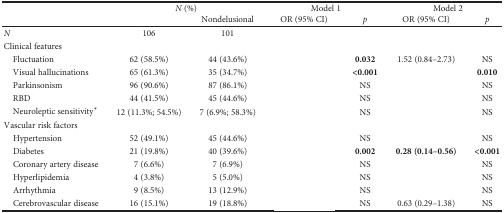
<table><thead><tr><td rowspan="2">[EMPTY_CELL]</td><td colspan="2"><b><i>N</i> (%)</b></td><td colspan="2"><b>Model 1</b></td><td colspan="2"><b>Model 2</b></td></tr><tr><td>[EMPTY_CELL]</td><td><b>Nondelusional</b></td><td><b>OR (95% CI)</b></td><td><b><i>p</i></b></td><td><b>OR (95% CI)</b></td><td><b><i>p</i></b></td></tr></thead><tbody><tr><td><i>N</i></td><td>106</td><td>101</td><td>[EMPTY_CELL]</td><td>[EMPTY_CELL]</td><td>[EMPTY_CELL]</td><td>[EMPTY_CELL]</td></tr><tr><td>Clinical features</td><td>[EMPTY_CELL]</td><td>[EMPTY_CELL]</td><td>[EMPTY_CELL]</td><td>[EMPTY_CELL]</td><td>[EMPTY_CELL]</td><td>[EMPTY_CELL]</td></tr><tr><td> Fluctuation</td><td>62 (58.5%)</td><td>44 (43.6%)</td><td>[EMPTY_CELL]</td><td><b>0.032</b></td><td>1.52 (0.84–2.73)</td><td>NS</td></tr><tr><td> Visual hallucinations</td><td>65 (61.3%)</td><td>35 (34.7%)</td><td>[EMPTY_CELL]</td><td><b>&lt;0.001</b></td><td>[EMPTY_CELL]</td><td><b>0.010</b></td></tr><tr><td> Parkinsonism</td><td>96 (90.6%)</td><td>87 (86.1%)</td><td>[EMPTY_CELL]</td><td>NS</td><td>[EMPTY_CELL]</td><td>NS</td></tr><tr><td> RBD</td><td>44 (41.5%)</td><td>45 (44.6%)</td><td>[EMPTY_CELL]</td><td>NS</td><td>[EMPTY_CELL]</td><td>NS</td></tr><tr><td> Neuroleptic sensitivity<sup>∗</sup></td><td>12 (11.3%; 54.5%)</td><td>7 (6.9%; 58.3%)</td><td>[EMPTY_CELL]</td><td>NS</td><td>[EMPTY_CELL]</td><td>NS</td></tr><tr><td>Vascular risk factors</td><td>[EMPTY_CELL]</td><td>[EMPTY_CELL]</td><td>[EMPTY_CELL]</td><td>[EMPTY_CELL]</td><td>[EMPTY_CELL]</td><td>[EMPTY_CELL]</td></tr><tr><td> Hypertension</td><td>52 (49.1%)</td><td>45 (44.6%)</td><td>[EMPTY_CELL]</td><td>NS</td><td>[EMPTY_CELL]</td><td>NS</td></tr><tr><td> Diabetes</td><td>21 (19.8%)</td><td>40 (39.6%)</td><td>[EMPTY_CELL]</td><td><b>0.002</b></td><td><b>0.28 (0.14–0.56)</b></td><td><b>&lt;0.001</b></td></tr><tr><td> Coronary artery disease</td><td>7 (6.6%)</td><td>7 (6.9%)</td><td>[EMPTY_CELL]</td><td>NS</td><td>[EMPTY_CELL]</td><td>NS</td></tr><tr><td> Hyperlipidemia</td><td>4 (3.8%)</td><td>5 (5.0%)</td><td>[EMPTY_CELL]</td><td>NS</td><td>[EMPTY_CELL]</td><td>NS</td></tr><tr><td> Arrhythmia</td><td>9 (8.5%)</td><td>13 (12.9%)</td><td>[EMPTY_CELL]</td><td>NS</td><td>[EMPTY_CELL]</td><td>NS</td></tr><tr><td> Cerebrovascular disease</td><td>16 (15.1%)</td><td>19 (18.8%)</td><td>[EMPTY_CELL]</td><td>NS</td><td>0.63 (0.29–1.38)</td><td>NS</td></tr></tbody></table>